Scientific memoirs by medical officers of the Army of India - Part VI,
Year: 1891
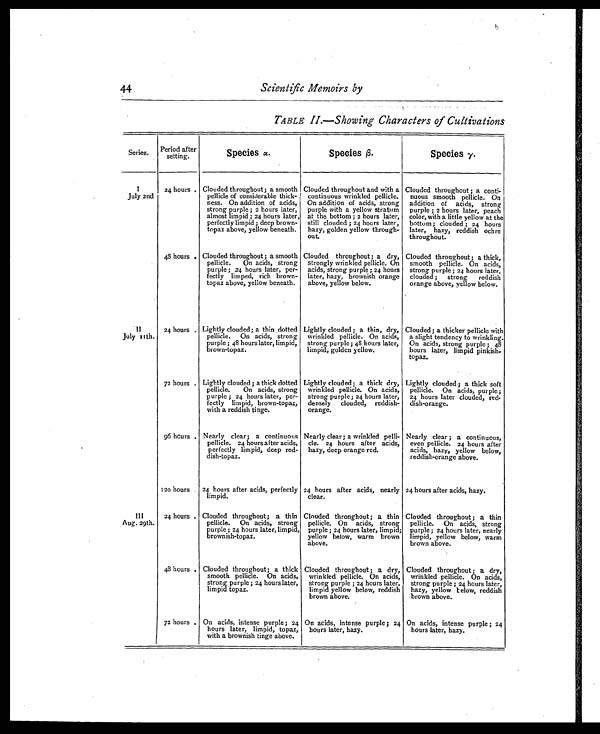
44
Scientific Memoirs by
TABLE II .—Showing Characters of Cultivations
Series.
Period after
setting.
Species α .
Species β.
Species γ.
1
July 2nd
24 hours. Clouded throughout; a smooth
pellicle of considerable thick-
ness. On addition of acids,
strong purple ; 2 hours later,
almost limpid ; 24 hours later,
perfectly limpid ; deep brown-
topaz above, yellow beneath.
Clouded throughout and with a
continuous wrinkled pellicle.
On addition of acids, strong
purple with a yellow stratum
at the bottom ; 2 hours later,
still clouded ; 24 hours later,
hazy, golden yellow through-
out.
Clouded throughout ; a conti-
nuous smooth pellicle. On
addition of acids, strong
purple ; 2 hours later, peach
color, with a little yellow at the
bottom; clouded ; 24 hours
later, hazy, reddish ochre
throughout.
48 hours . Clouded throughout; a smooth
pellicle. On acids, strong
purple ; 24 hours later, per-
fectly limped, rich brown-
topaz above, yellow beneath.
Clouded throughout; a dry,
strongly wrinkled pellicle. On
acids, strong purple; 24 hours
later, hazy, brownish orange
above, yellow below.
Clouded throughout; a thick,
smooth pellicle. On acids,
strong purple; 24 hours later,
clouded; strong reddish
orange above, yellow below.
11
July 11th.
24 hours . Lightly clouded; a thin dotted
pellicle. On acids, strong
purple ; 48 hours later, limpid,
brown-topaz.
Lightly clouded; a thin, dry,
wrinkled pellicle. On acids,
strong purple; 48 hours later,
limpid, golden yellow.
Clouded; a thicker pellicle with
a slight tendency to wrinkling.
On acids, strong purple ; 48
hours later, limpid pinkish-
topaz.
72 hours . Lightly clouded ; a thick dotted
pellicle. On acids, strong
purple ; 24 hours later, per-
fectly limpid, brown-topaz,
with a reddish tinge.
Lightly clouded ; a thick dry,
wrinkled pellicle. On acids,
strong purple; 24 hours later,
densely clouded, reddish-
orange.
Lightly clouded ; a thick soft
pellicle. On acids, purple;
24 hours later clouded, red.
dish-orange.
96 hours . Nearly clear; a continuous
pellicle. 24 hours after acids,
perfectly limpid, deep red-
dish-topaz.
Nearly clear; a wrinkled pelli-
cle. 24 hours after acids,
hazy, deep orange red.
Nearly clear ; a continuous,
even pellicle. 24 hours after
acids, hazy, yellow below,
reddish-orange above.
120 hours
24 hours after acids, perfectly
limpid.
24 hours after acids, nearly
clear.
24 hours after acids, hazy.
III
Aug. 29th.
24 hours . Clouded throughout; a thin
pellicle. On acids, strong
purple ; 24 hours later, limpid,
brownish-topaz.
Clouded thronghout; a thin
pellicle. On acids, strong
purple; 24 hours later, limpid;
yellow below, warm brown
above.
Clouded throughout; a thin
pellicle. On acids, strong
purple; 24 hours later, nearly
limpid, yellow below, warm
brown above.
48 hours . Clouded throughout; a thick
smooth pellicle. On acids,
strong purple ; 24 hours later,
limpid topaz.
Clouded throughout; a dry,
wrinkled pellicle. On acids,
strong purple ; 24 hours later,
limpid yellow below, reddish
brown above.
Clouded throughout; a dry,
wrinkled pellicle. On acids,
strong purple ; 24 hours later,
hazy, yellow Felow, reddish
brown above.
72 hours . On acids, intense purple; 24
hours later, limpid, topaz,
with a brownish tinge above.
On acids, intense purple; 24
hours later, hazy.
On acids, intense purple ; 24
hours later, hazy.